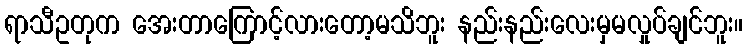
ရာသီဥတုက အေးတာကြောင့်လားတော့မသိဘူး နည်းနည်းလေးမှမလှုပ်ချင်ဘူး။